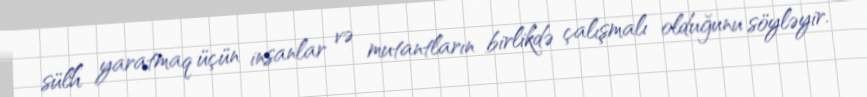
sülh yaratmaq üçün insanlar və mutantların birlikdə çalışmalı olduğunu söyləyir.